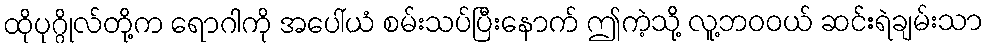
ထိုပုဂ္ဂိုလ်တို့က ရောဂါကို အပေါ်ယံ စမ်းသပ်ပြီးနောက် ဤကဲ့သို့ လူ့ဘဝဝယ် ဆင်းရဲချမ်းသာ